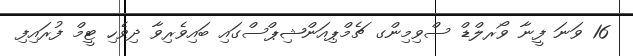
16 ވަނަ ފީނާ ވޯރލްޑް ސްވިމިންގ ޗެމްޕިއަންޝިޕްސްގައި ބައިވެރިވާ ދިވެހި ޓީމް ފުރައިފި